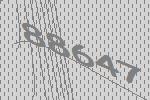
88647